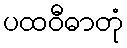
ပထဝီဓာတုံ